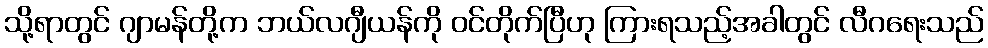
သို့ရာတွင် ဂျာမန်တို့က ဘယ်လဂျီယန်ကို ဝင်တိုက်ပြီဟု ကြားရသည့်အခါတွင် လီဂရေးသည်